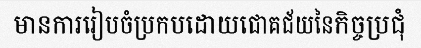
មានការរៀបចំប្រកបដោយជោគជ័យនៃកិច្ចប្រជុំ